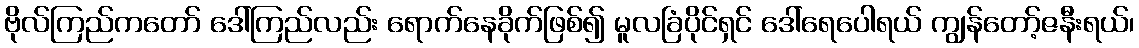
ဗိုလ်ကြည်ကတော် ဒေါ်ကြည်လည်း ရောက်နေခိုက်ဖြစ်၍ မူလခြံပိုင်ရှင် ဒေါ်ရေပေါရယ် ကျွန်တော့်ဇနီးရယ်၊